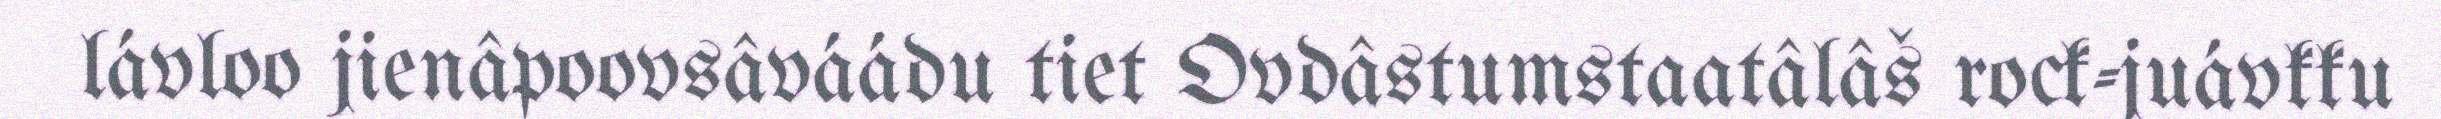
lávloo jienâpoovsâváádu tiet Ovdâstumstaatâlâš rock-juávkku